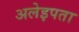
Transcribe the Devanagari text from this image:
अलेइपता